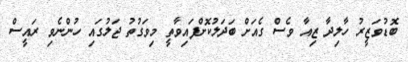
ބޮޑުވަޒީރު ހާލިދާ ޒިއާ ވެސް ގެއަށް ބަދަލުކޮށްފައިވާތީ މިވަގުތު ޖަލުގައި ހުންނެވި ރައީސް